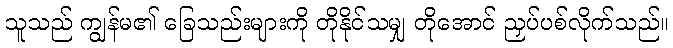
သူသည် ကျွန်မ၏ ခြေသည်းများကို တိုနိုင်သမျှ တိုအောင် ညှပ်ပစ်လိုက်သည်။